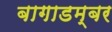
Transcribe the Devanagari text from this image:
बागाडम्बर